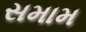
સમામ